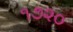
૧૭૨૦